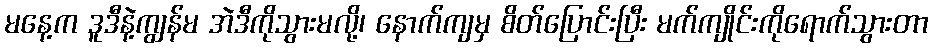
မနေ့က ဒူဒီနဲ့ကျွန်မ အဲဒီကိုသွားမလို့၊ နောက်ကျမှ စိတ်ပြောင်းပြီး မက်ကျိုင်းကိုရောက်သွားတာ